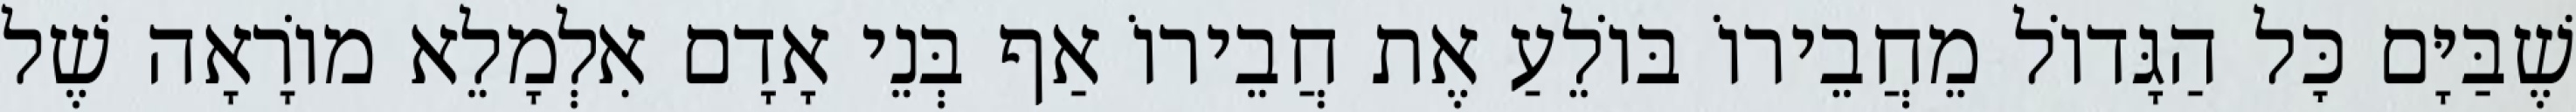
שֶׁבַּיָּם כׇּל הַגָּדוֹל מֵחֲבֵירוֹ בּוֹלֵעַ אֶת חֲבֵירוֹ אַף בְּנֵי אָדָם אִלְמָלֵא מוֹרָאָה שֶׁל